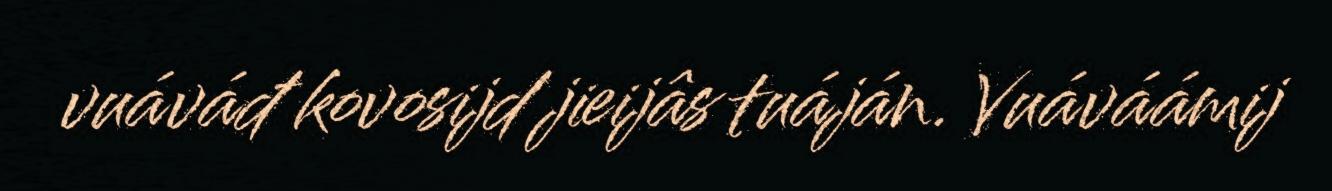
vuáváđ kovosijd jieijâs tuáján. Vuáváámij